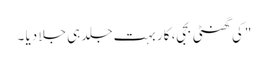
"کی گھنٹی بجی، کار بہت جلد ہی جلا دیا ۔